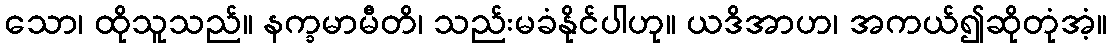
သော၊ ထိုသူသည်။ နက္ခမာမီတိ၊ သည်းမခံနိုင်ပါဟု။ ယဒိအာဟ၊ အကယ်၍ဆိုတုံအံ့။